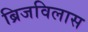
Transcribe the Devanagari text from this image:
ब्रिजविलास